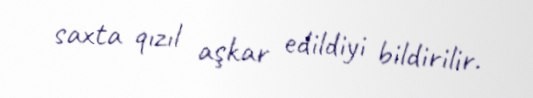
saxta qızıl aşkar edildiyi bildirilir.